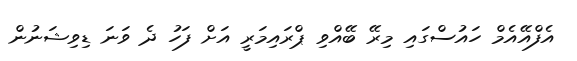
އެފްއޭއެމް ހައުސްގައި މިރޭ ބޭއްވި ޕްރައިމަރީ އަށް ފަހު ދެ ވަނަ ޑިވިޝަނުން